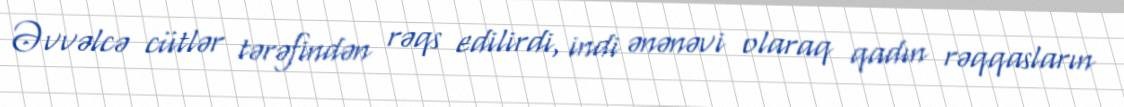
Əvvəlcə cütlər tərəfindən rəqs edilirdi, indi ənənəvi olaraq qadın rəqqasların